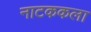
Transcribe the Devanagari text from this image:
नाटककला